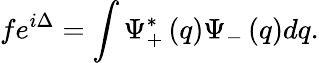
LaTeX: fe^{i\Delta}=\int\Psi_{+}^{\ast}\left(q\right)\Psi_{-}\left(q\right)dq.